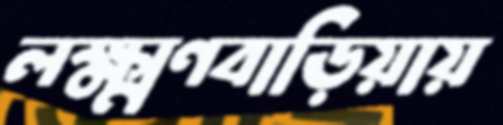
লক্ষ্মণবাড়িয়ায়